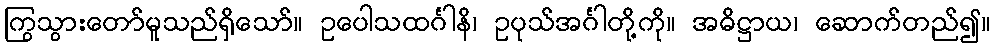
ကြွသွားတော်မူသည်ရှိသော်။ ဥပေါသထင်္ဂါနိ၊ ဥပုသ်အင်္ဂါတို့ကို။ အဓိဋ္ဌာယ၊ ဆောက်တည်၍။